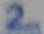
Text: 2